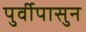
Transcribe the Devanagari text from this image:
पुर्वीपासुन